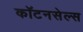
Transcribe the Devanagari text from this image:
कॉटनसेल्स